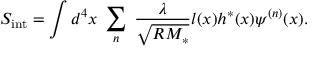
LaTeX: S _ { \mathrm { i n t } } = \int d ^ { 4 } x \; \sum _ { n } \; \frac { \lambda } { \sqrt { R M _ { \ast } } } l ( x ) h ^ { \ast } ( x ) \psi ^ { ( n ) } ( x ) .